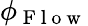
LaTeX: \phi_{\mathrm{~F~l~o~w~}}